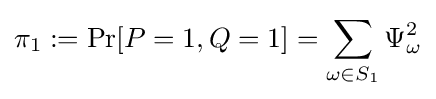
\pi _{1}:={\text{Pr}}[P=1,Q=1]=\sum _{\omega \in S_{1}}\Psi _{\omega }^{2}